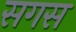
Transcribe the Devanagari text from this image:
सगस